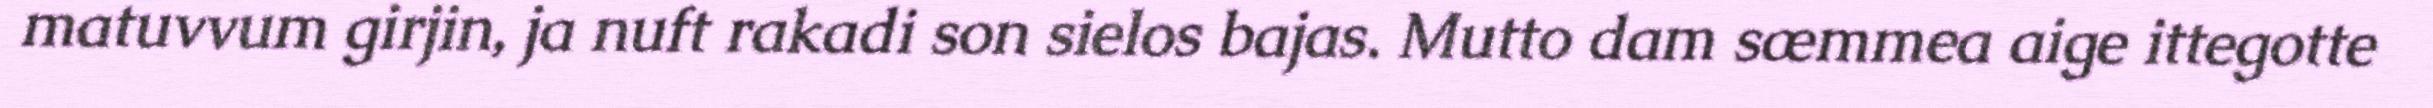
matuvvum girjin, ja nuft rakadi son sielos bajas. Mutto dam sæmmea aige ittegotte